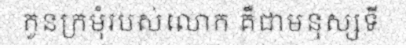
កូនក្រមុំរបស់លោក គឺជាមនុស្សទី